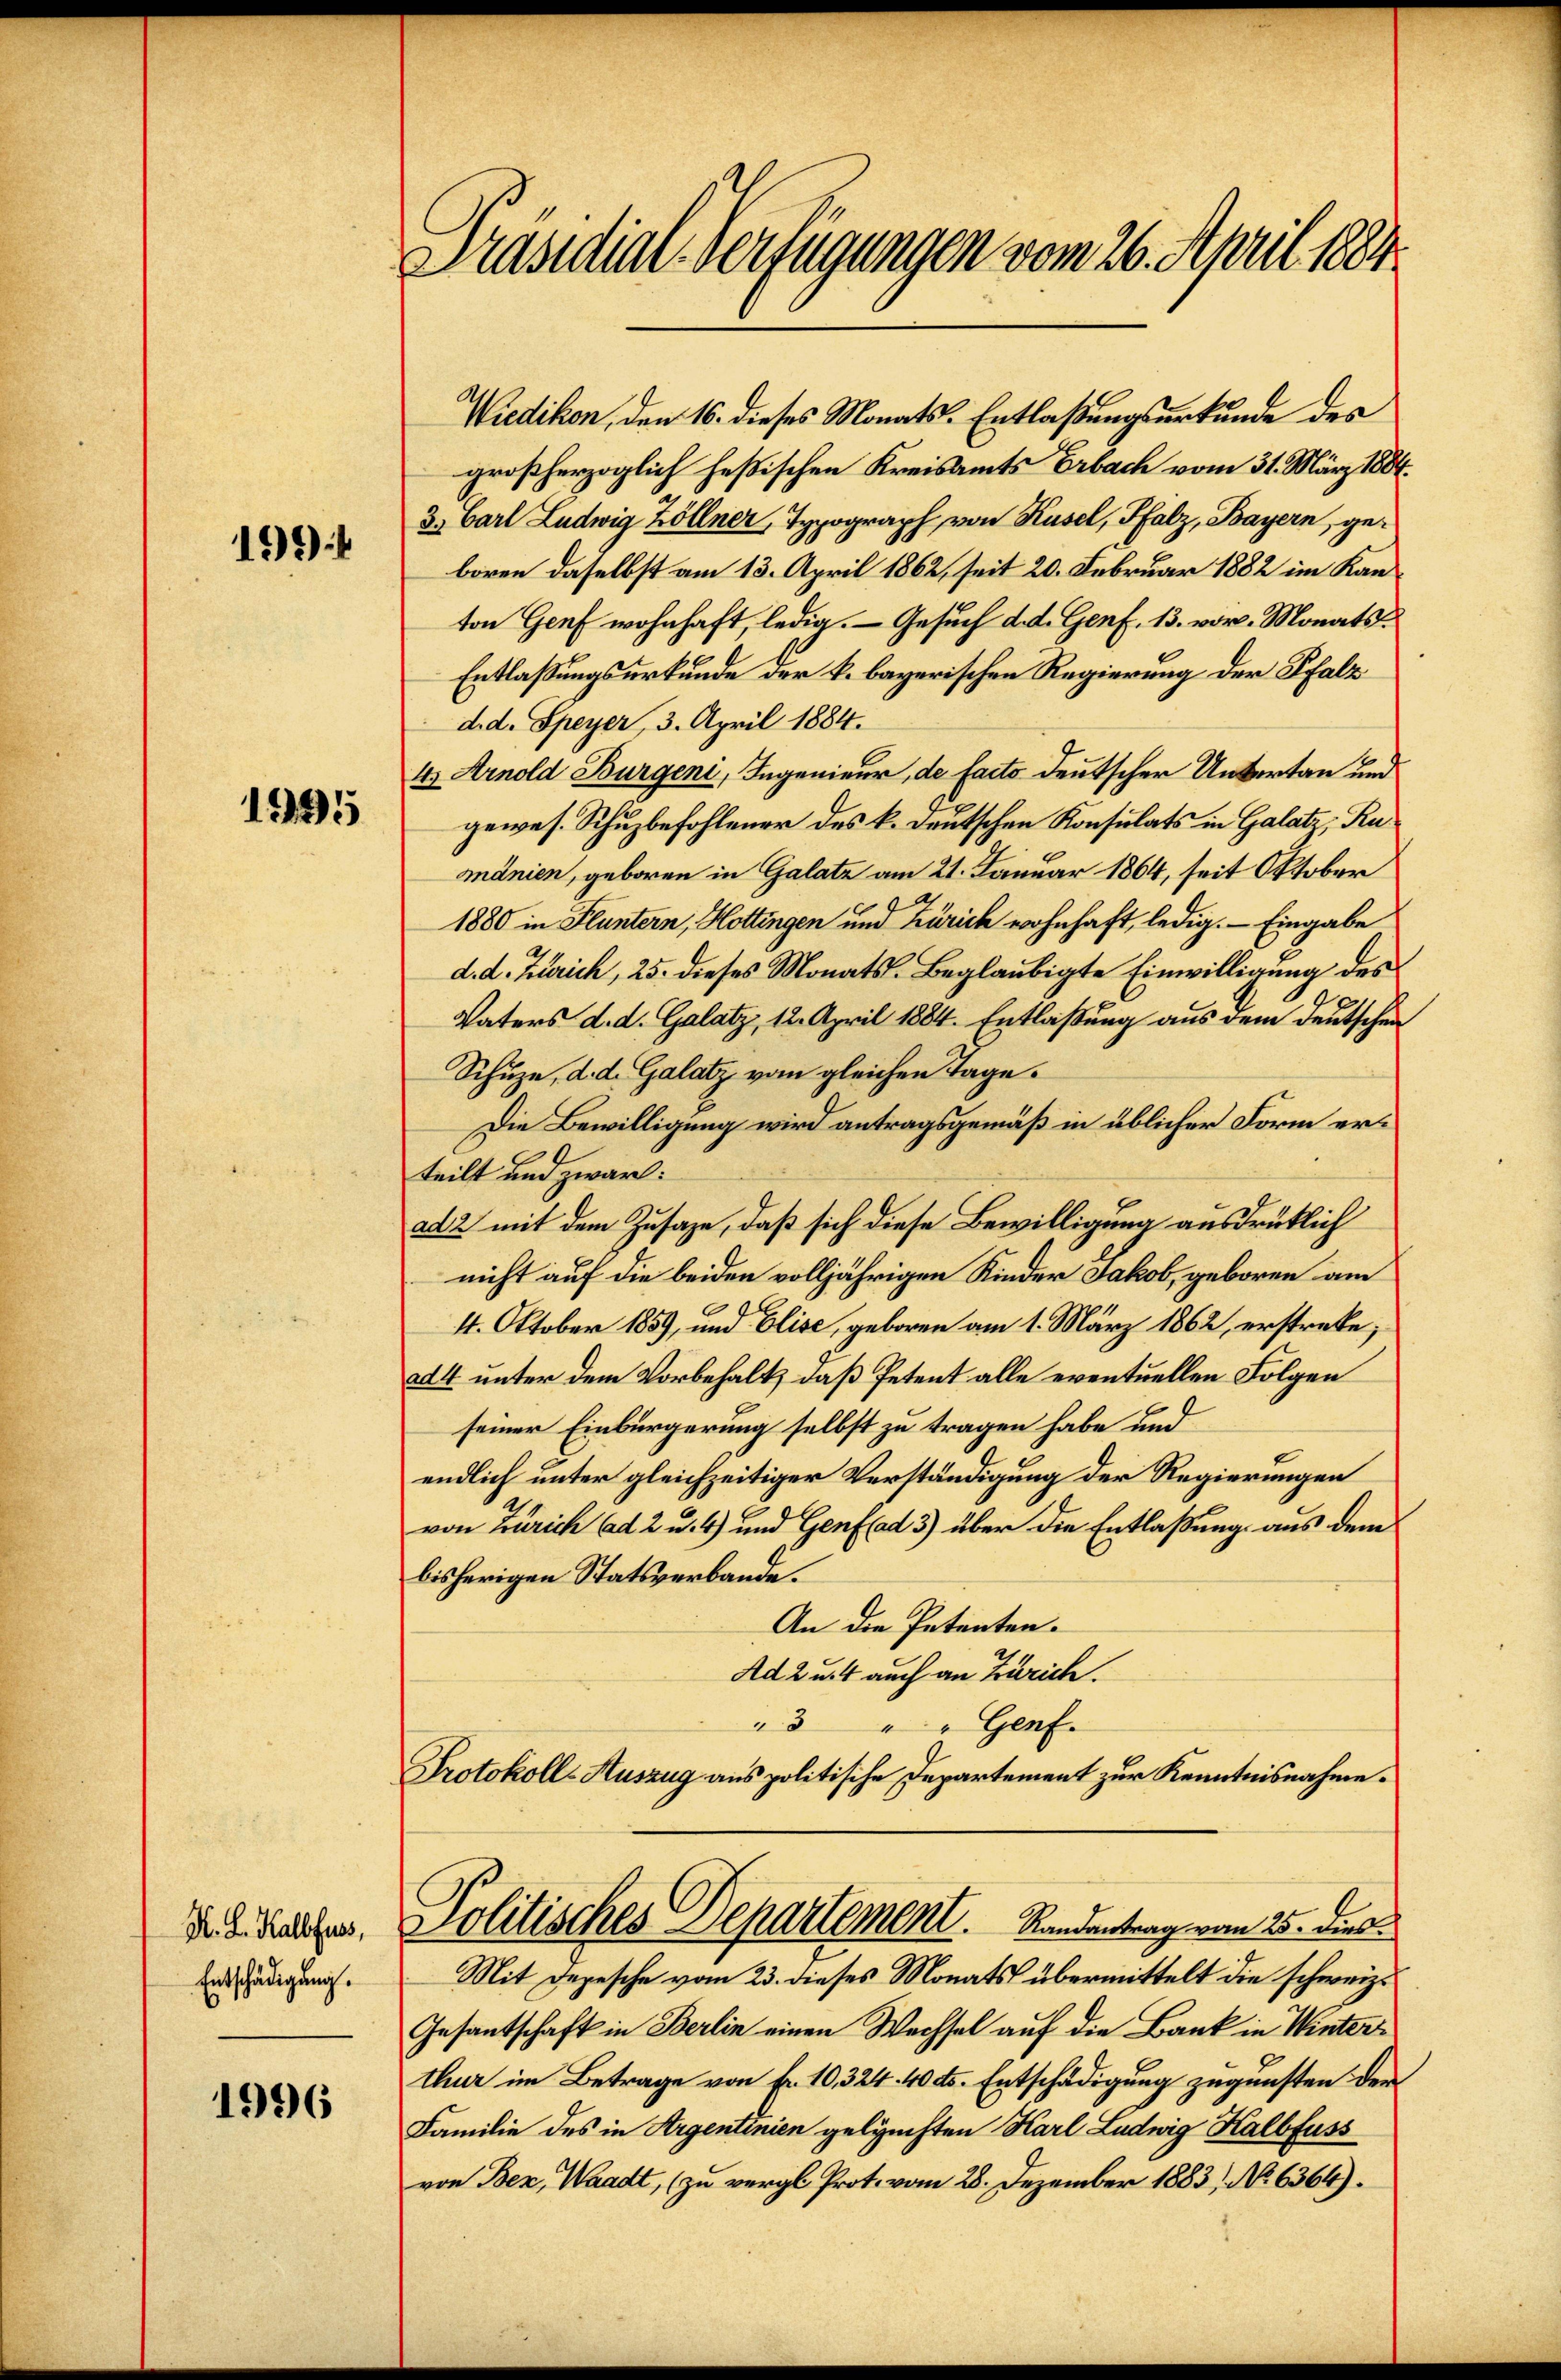
192

1195

K. L. Kalbfuss,
Entschädigung.

1996

Präsidial-Verfügungen vom 26. April 1884.

Wiedikon, den 16. dieses Monats-, Entlaßungsurkunde des
großherzoglich heßischen Kreisamts Erbach vom 31. März 1884.
3. Carl Ludwig Zöllner, Typograph von Kusel, Pfalz, Bayern, geboren daselbst am 13. April 1862, seit 20. Februar 1882 im Kanton Genf wohnhaft, ledig. — Gesuch d. d. Genf. 13. vor. Monats¬
Entlassungsurkunde der k. bayerischen Regierung der Pfalz
d. d. Speyer, 3. April 1884.
4) Arnold Burgeni, Ingenieur, de facto deutscher Untertan und
gewes. Schuzbefohlener des k. deutschen Konsulats in Galatz, Ruandnien, geboren in Galatz am 21. Januar 1864, seit Oktober
1880 in Fluntern, Hottingen und Zürich wohnhaft, ledig. — Eingabe
d. d. Zürich, 25. dieses Monats-Beglaubigte Einwilligung des
Vaters d. d. Galatz, 12. April 1884. Entlaßung aus dem Deutschen
Schuze, d. d. Galatz vom gleichen Tage.
Die Bewilligung wird antragsgemäß in üblicher Form erteilt und zwar:
ad 2 mit dem Zusage, daß sich diese Bewilligung ausdrücklich
nicht auf die beiden volljährigen Kinder Jakob, geboren am
4. Oktober 1859, und Elise, geboren am 1. März 1862, erstrete;
ad 4 unter dem Vorbehalt, daß Petent alle eventuellen Folgen
seiner Einbürgerung selbst zu tragen habe und
endlich unter gleichzeitiger Verständigung der Regierungen
von Zürich ad 2. u. 4) und Genf ad 3) über die Entlaßung aus dem
bisherigen Statsverbande.
An die Petenten.
Ad 2 u. 4 auch an Zürich.
3
" Genf.
Protokoll-Auszug aus politische Departement zur Kenntnisnahme¬
Politisches Departement. Standentrag vom 25. dies
Mit Depesche vom 23. dieses Monats übermittelt die schweiz.
Gesantschaft in Berlin einen Wechsel auf die Bank in Winterthur im Betrage von Fr. 10, 324. 40 cts. Entschädigung zugunsten der
Familie des in Argentinien geleuchten Karl Ludwig Kalbfuss
von Bez, Waadt, (zu vergl. Prot. vom 28. Dezember 1883, No. 6364).